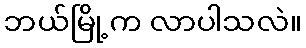
ဘယ်မြို့က လာပါသလဲ။